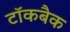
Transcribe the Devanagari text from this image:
टॉकबैक